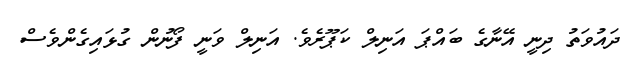
ދައުވަތު ދިނީ އޭނާގެ ބައްޕަ އަނިލް ކަޕޫރެވެ. އަނިލް ވަނީ ފޯނުން ގުޅައިގެންވެސް